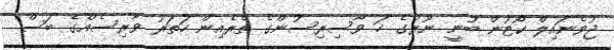
ޖުވެނައިލް ކޯޓުން ބުނީ ނޫރުގެ ހަ ވާސިރިސުންގެ ތެރެއިން ހަތަރު ވާރިސެއްގެ ބަސް